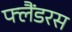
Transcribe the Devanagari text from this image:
फ्लैंडरस